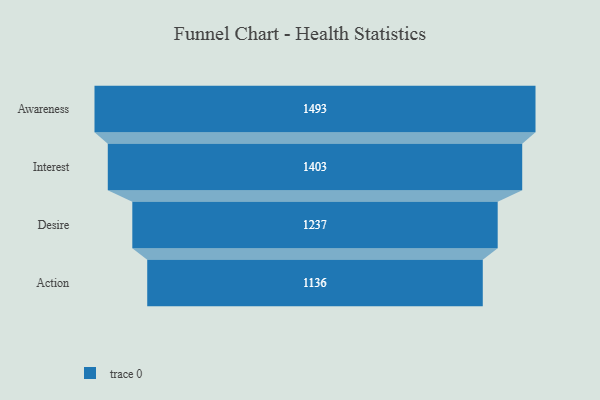
{"axis": {"x": "Stage", "y": "Value"}, "legend": [""], "data": [{"x": "Awareness", "y": 1493.0, "type": ""}, {"x": "Interest", "y": 1403.0, "type": ""}, {"x": "Desire", "y": 1237.0, "type": ""}, {"x": "Action", "y": 1136.0, "type": ""}]}